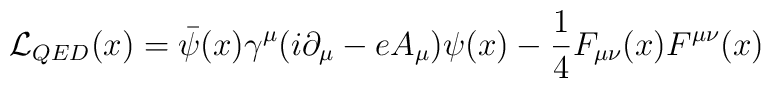
{\cal{L}}_{QED} (x) = \bar {\psi} (x) \gamma^{\mu} (i \partial_{\mu} - e A_{\mu})\psi (x) - \frac {1}{4} F_{\mu \nu} (x)  F^{\mu \nu} (x)